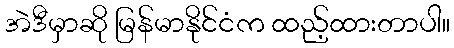
အဲဒီမှာဆို မြန်မာနိုင်ငံက ထည့်ထားတာပါ။